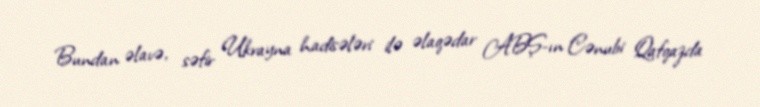
Bundan əlavə, səfir Ukrayna hadisələri ilə əlaqədar ABŞ-ın Cənubi Qafqazda